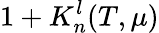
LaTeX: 1+K_{n}^{l}(T,\mu)